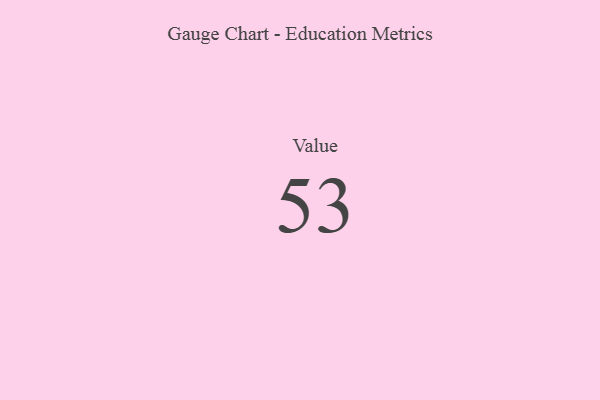
{"axis": {"x": "Metric", "y": "Value"}, "legend": [""], "data": [{"x": "Value", "y": 53, "type": ""}]}